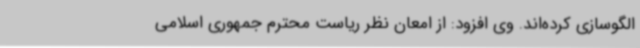
الگوسازی کرده‌اند. وی افزود: از امعان نظر ریاست محترم جمهوری اسلامی